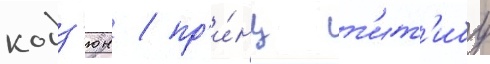
кодз'юн / пр'и́нц т'ит'ибу